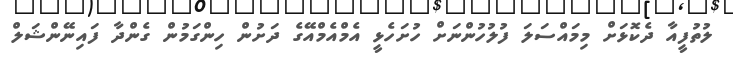
ލުތުފީއާ ދެކޮޅަށް މިމައްސަލަ ފުލުހުންނަށް ހުށަހެޅީ އެމްއެމްއޭގެ ދަށުން ހިންގަމުން ގެންދާ ފައިނޭންޝަލް